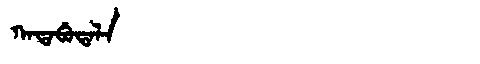
Manchu: ᡴᠠᡨᠠᠪᡠᡨᠠᠯᠠ
Romanization: KATABUTALA